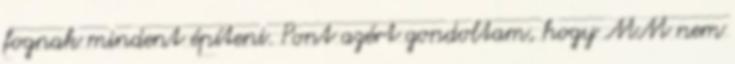
fognak mindent építeni. Pont azért gondoltam, hogy MM nem